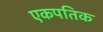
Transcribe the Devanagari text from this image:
एकपतिक